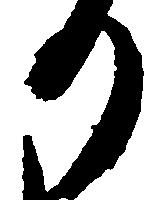
り